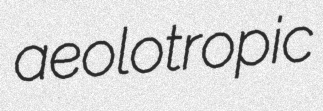
aeolotropic